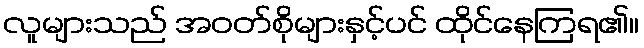
လူများသည် အဝတ်စိုများနှင့်ပင် ထိုင်နေကြရ၏။